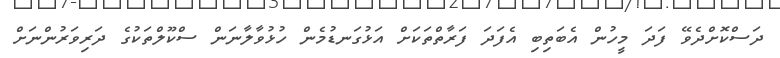
ދަސްކޮށްދެވޭ ފަދަ މީހުން އެބަތިބި އެފަދަ ފަރާތްތަކަށް އަޅުގަނޑުމެން ހުޅުވާލާނަން ސްކޫލްތަކުގެ ދަރިވަރުންނަށް